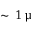
\sim \, 1 \, \upmu